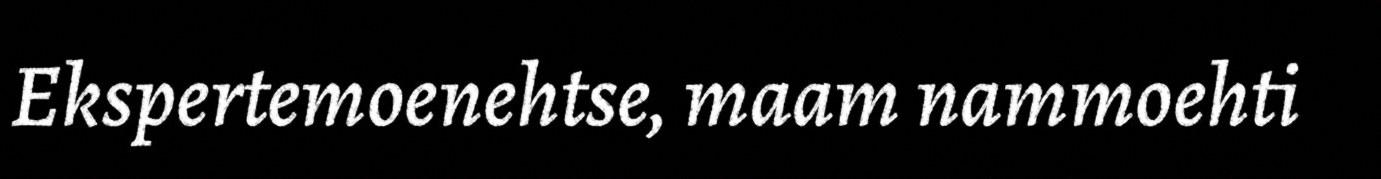
Ekspertemoenehtse, maam nammoehti